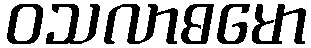
ဝသလာဓမော